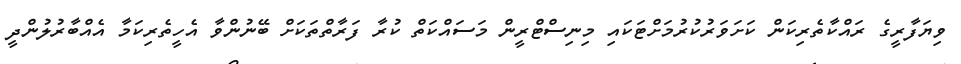
ވިޔަފާރީގެ ރައްކާތެރިކަން ކަށަވަރުކުރުމަށްޓަކައި މިނިސްޓްރީން މަސައްކަތް ކުރާ ފަރާތްތަކަށް ބޭނުންވާ އެހީތެރިކަމާ އެއްބާރުލުންދީ